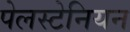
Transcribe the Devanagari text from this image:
पेलस्टेनियन